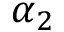
\alpha _ { 2 }